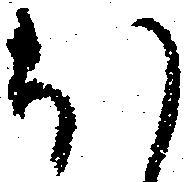
ほ